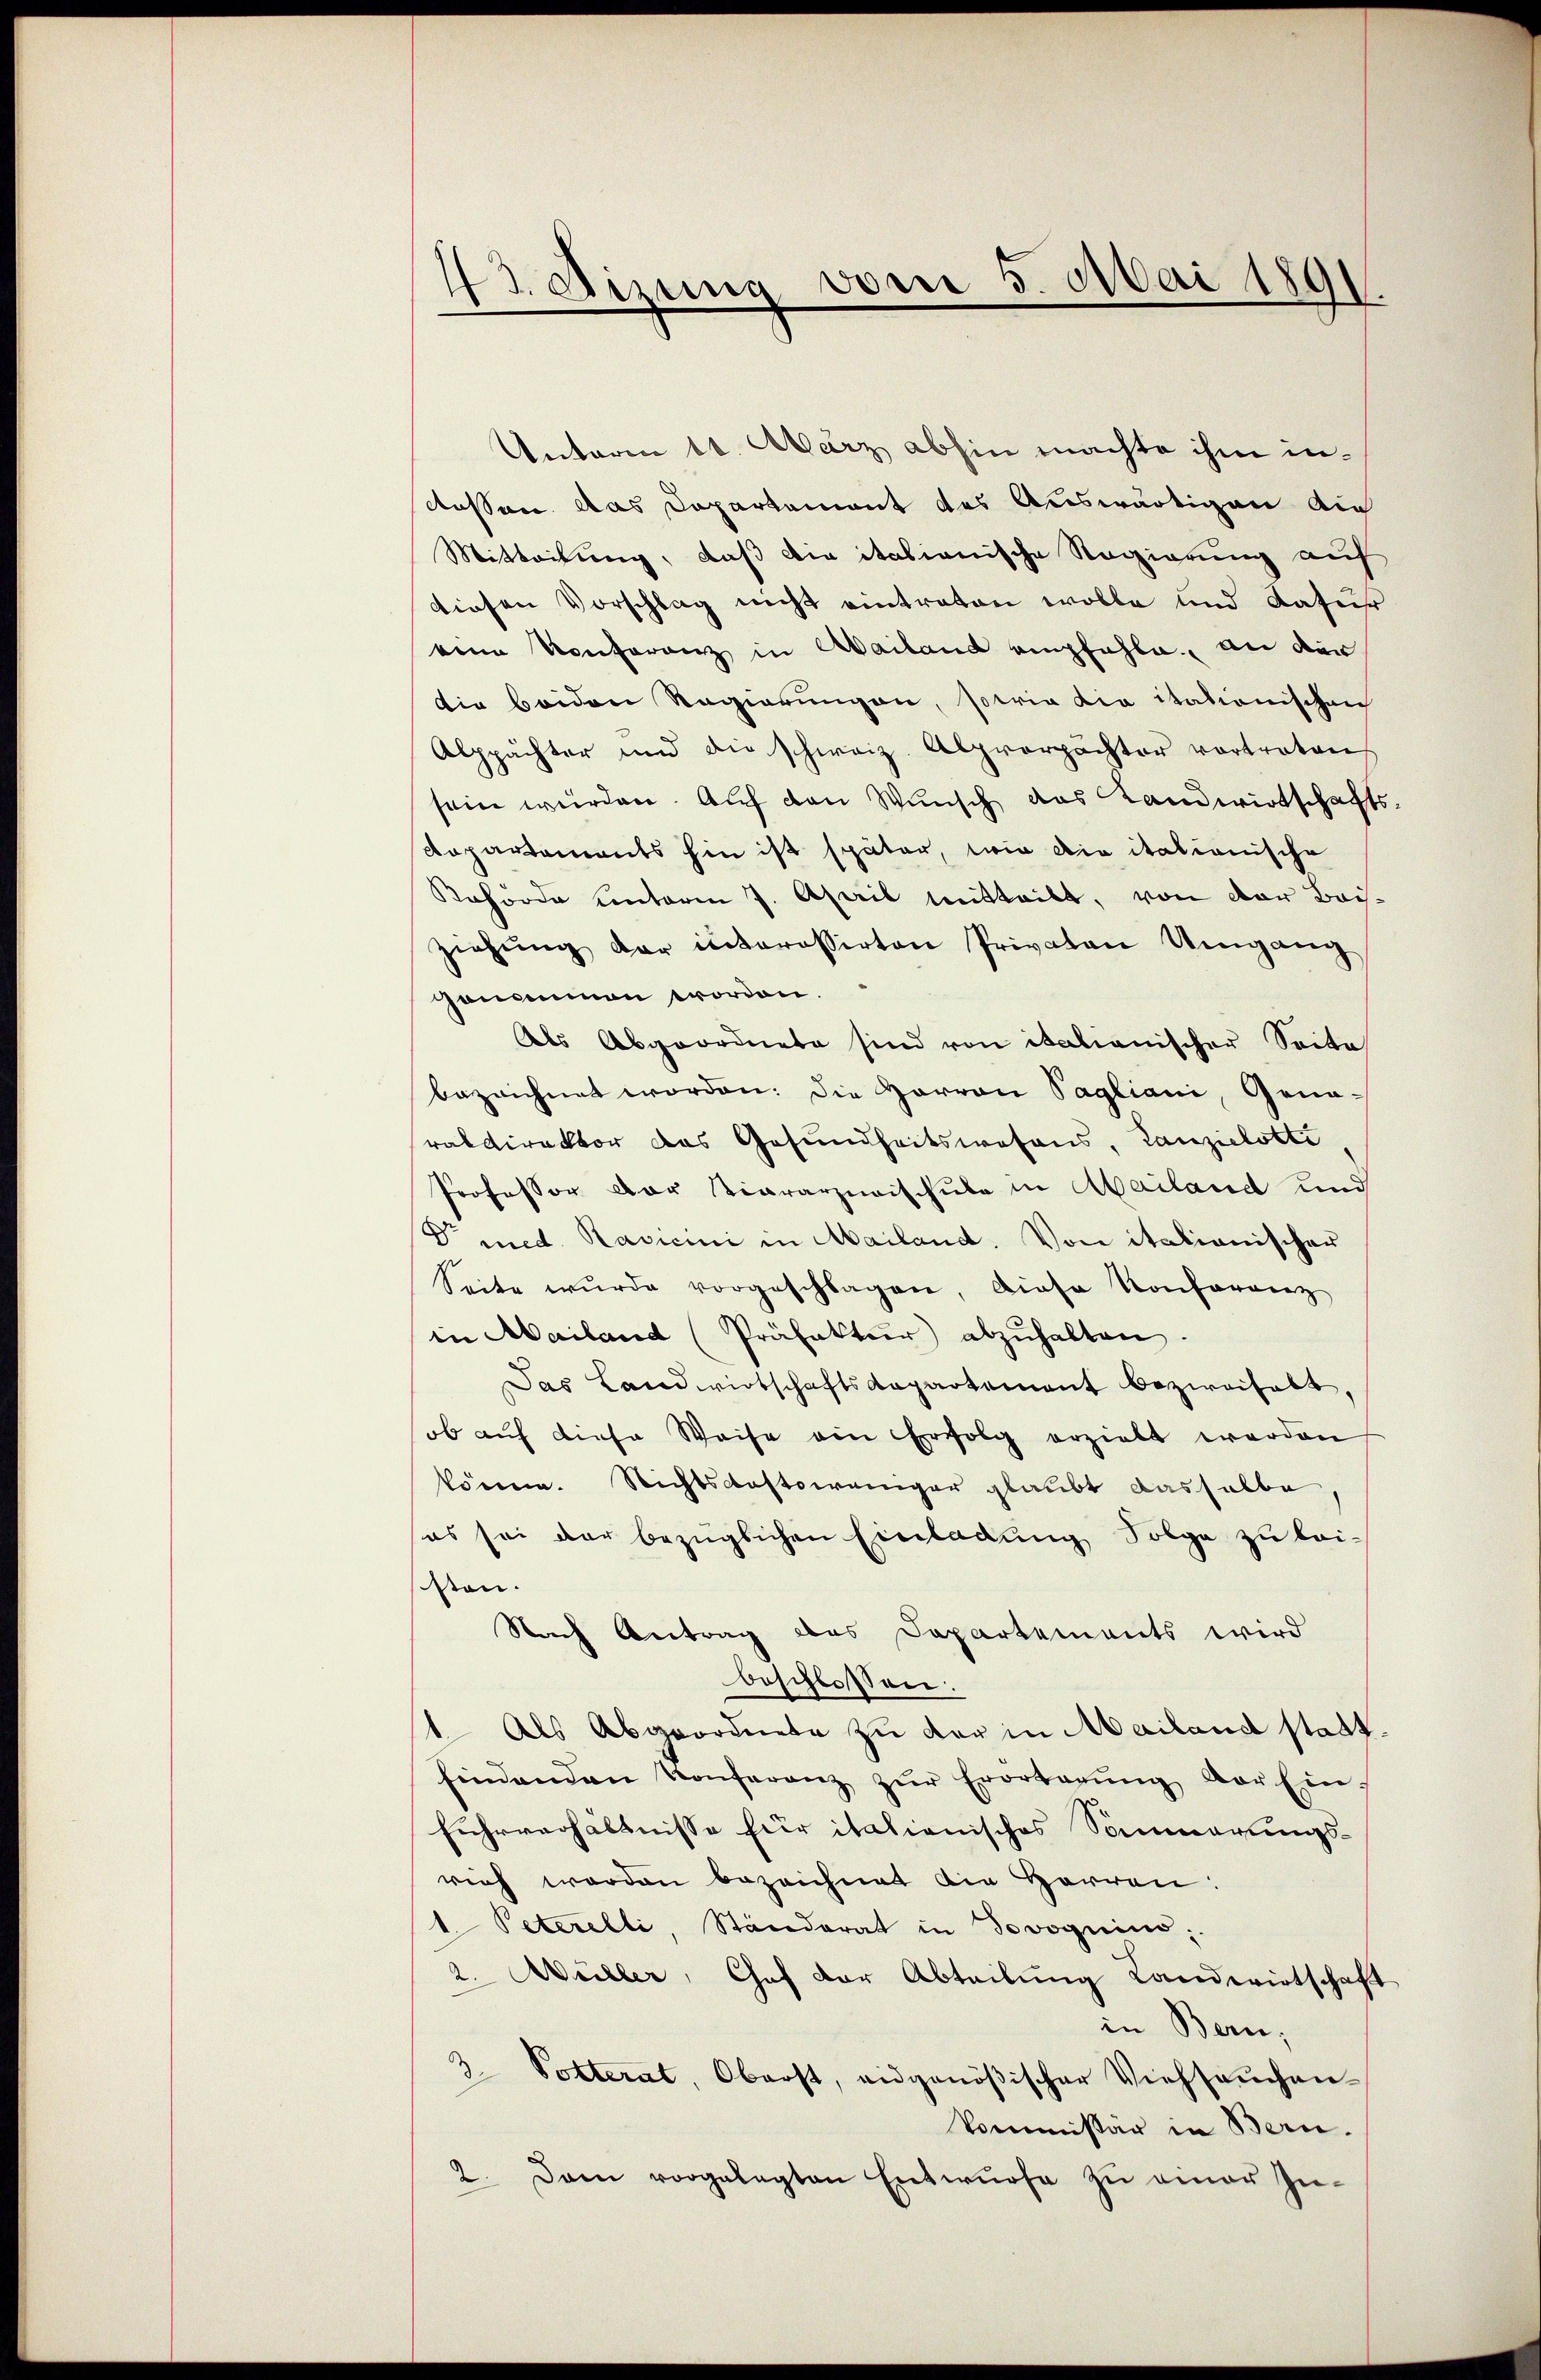
43. Sizung vom 5. Mai 1891

Antaria 11. März abhin machte ihm in¬
Aosson das Departement des Auswärtigen Au
Mitteilung, daß die italienische Regierung auf
diesen Vorschlag nicht eintreten wolle und Kaser
eine Konferenz in Mailand empfahle an der
die beiden Regierungen, sowie die itationischen
Alppächter und die schweiz. Alprerpächter vortreten
sein würden. Auf den Wunsch das Landwirtschafts¬
Dapartements hin ist später, wie die italionische
Rahörde unterm 7. April mitteilt, von der Baisziehŭng der interessirten Privaten Umgang
genommen worden.
Als Abgeordnete sind von italianischer Seite
bezeichnet worden: die Harron Tagliani, Gena-
raldirektor das Gesundheitswesens, Lanzielotte
Professor der Tierarzneischule in Mailand und
Dr med. Ravicini in Mailand. Von italienischen
Seite wurde vorgeschlagen, diese Konferenz
in Mailand (Präfektur abzuhalten
Das Landwirtschaftsdepartement bezweifelt,
ob auf diese Weise ein Erfolg erzielt werden
könne. Richtsdestoweniger glaubt dasselbe
es sei der bezüglichen Einladung Folge zu leisten.
Nach Antrag des Departements wird
beschlossen:
¬
Als Abgeordnete zu der in Mailand stattfindenden Konferenz zŭr Erörterŭng vor Ein-
fuhrverhältnisse für italienisches Sommerungsvieh werden bezeichnet die Herren:
1. Peterelli, Ständerat in Jovoguini;
2. Müller, Chef der Abteilung Landwirtschaft
in Bern;
3. Potterat, Oberst, eidgenößischer Viehseuchen-
Vommissar in Bern.
2. Dann vorgelegten Entwurfe zŭ einer In-